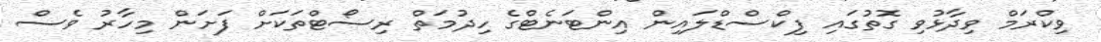
ވިކްރަމް ވިދާޅުވި ގޮތުގައި ފިކްސްޑްލައިން އިންޓަނެޓްގެ ހިދުމަތް ރިސޯޓްތަކަށް ފަށަން މިހާރު ވެސް